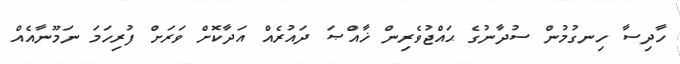
ހާދިސާ ހިނގުމުން ސުދާނުގެ ޙައްޖުވެރިން ޚާއްޞަ ދައުރެއް އަދާކޮށް ވަރަށް ފުރިހަމަ ނަމޫނާއެއް